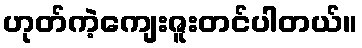
ဟုတ်ကဲ့ကျေးဇူးတင်ပါတယ်။